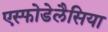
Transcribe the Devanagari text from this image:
एस्फोडेलैसिया